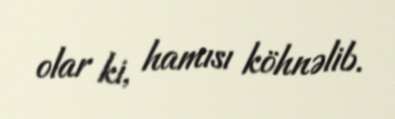
olar ki, hamısı köhnəlib.